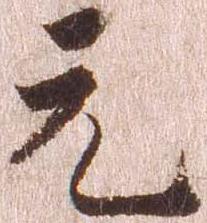
元